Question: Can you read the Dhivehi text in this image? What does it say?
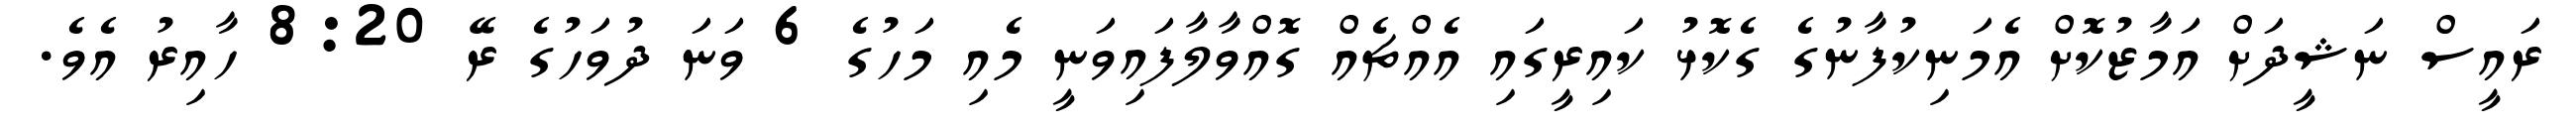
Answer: ރައީސް ނަޝީދަށް އަމާޒުކޮށް އެމަނިކުފާނުގެ ގެކޮޅު ކައިރީގައި އެއްޗެއް ގޮއްވާލާފައިވަނީ މެއި މަހުގެ 6 ވަނަ ދުވަހުގެ ރޭ 8:20 ހާއިރު އެވެ.